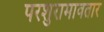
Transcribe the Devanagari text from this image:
परशुरामावतार